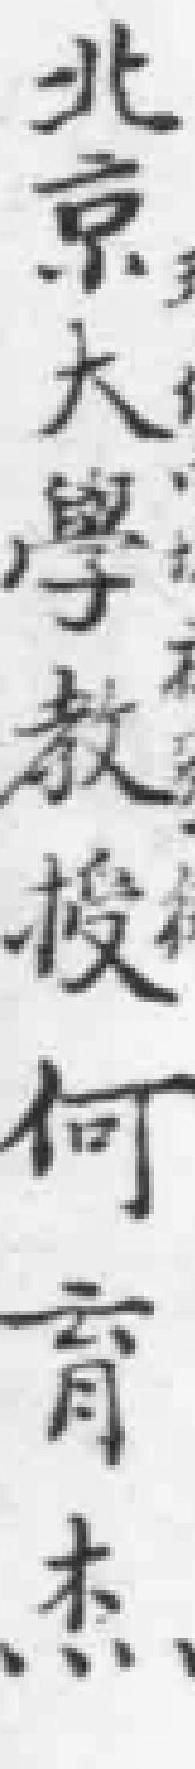
北京大學教授何育杰